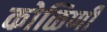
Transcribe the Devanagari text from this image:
कोळिणी